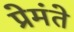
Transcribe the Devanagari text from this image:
प्रेमंते